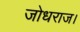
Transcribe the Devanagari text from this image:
जोधराज।